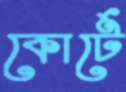
কোর্টে